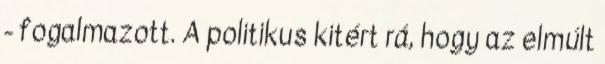
- fogalmazott. A politikus kitért rá, hogy az elmúlt